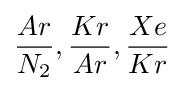
{\frac {Ar}{N_{2}}},{\frac {Kr}{Ar}},{\frac {Xe}{Kr}}